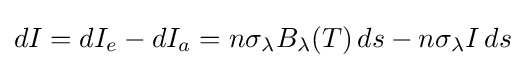
dI=dI_{e}-dI_{a}=n\sigma _{\lambda }B_{\lambda }(T)\,ds-n\sigma _{\lambda }I\,ds